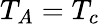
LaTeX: T_{A}=T_{c}